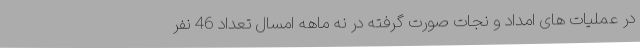
در عملیات های امداد و نجات صورت گرفته در نه ماهه امسال تعداد 46 نفر